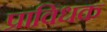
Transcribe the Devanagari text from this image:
प्राविधक